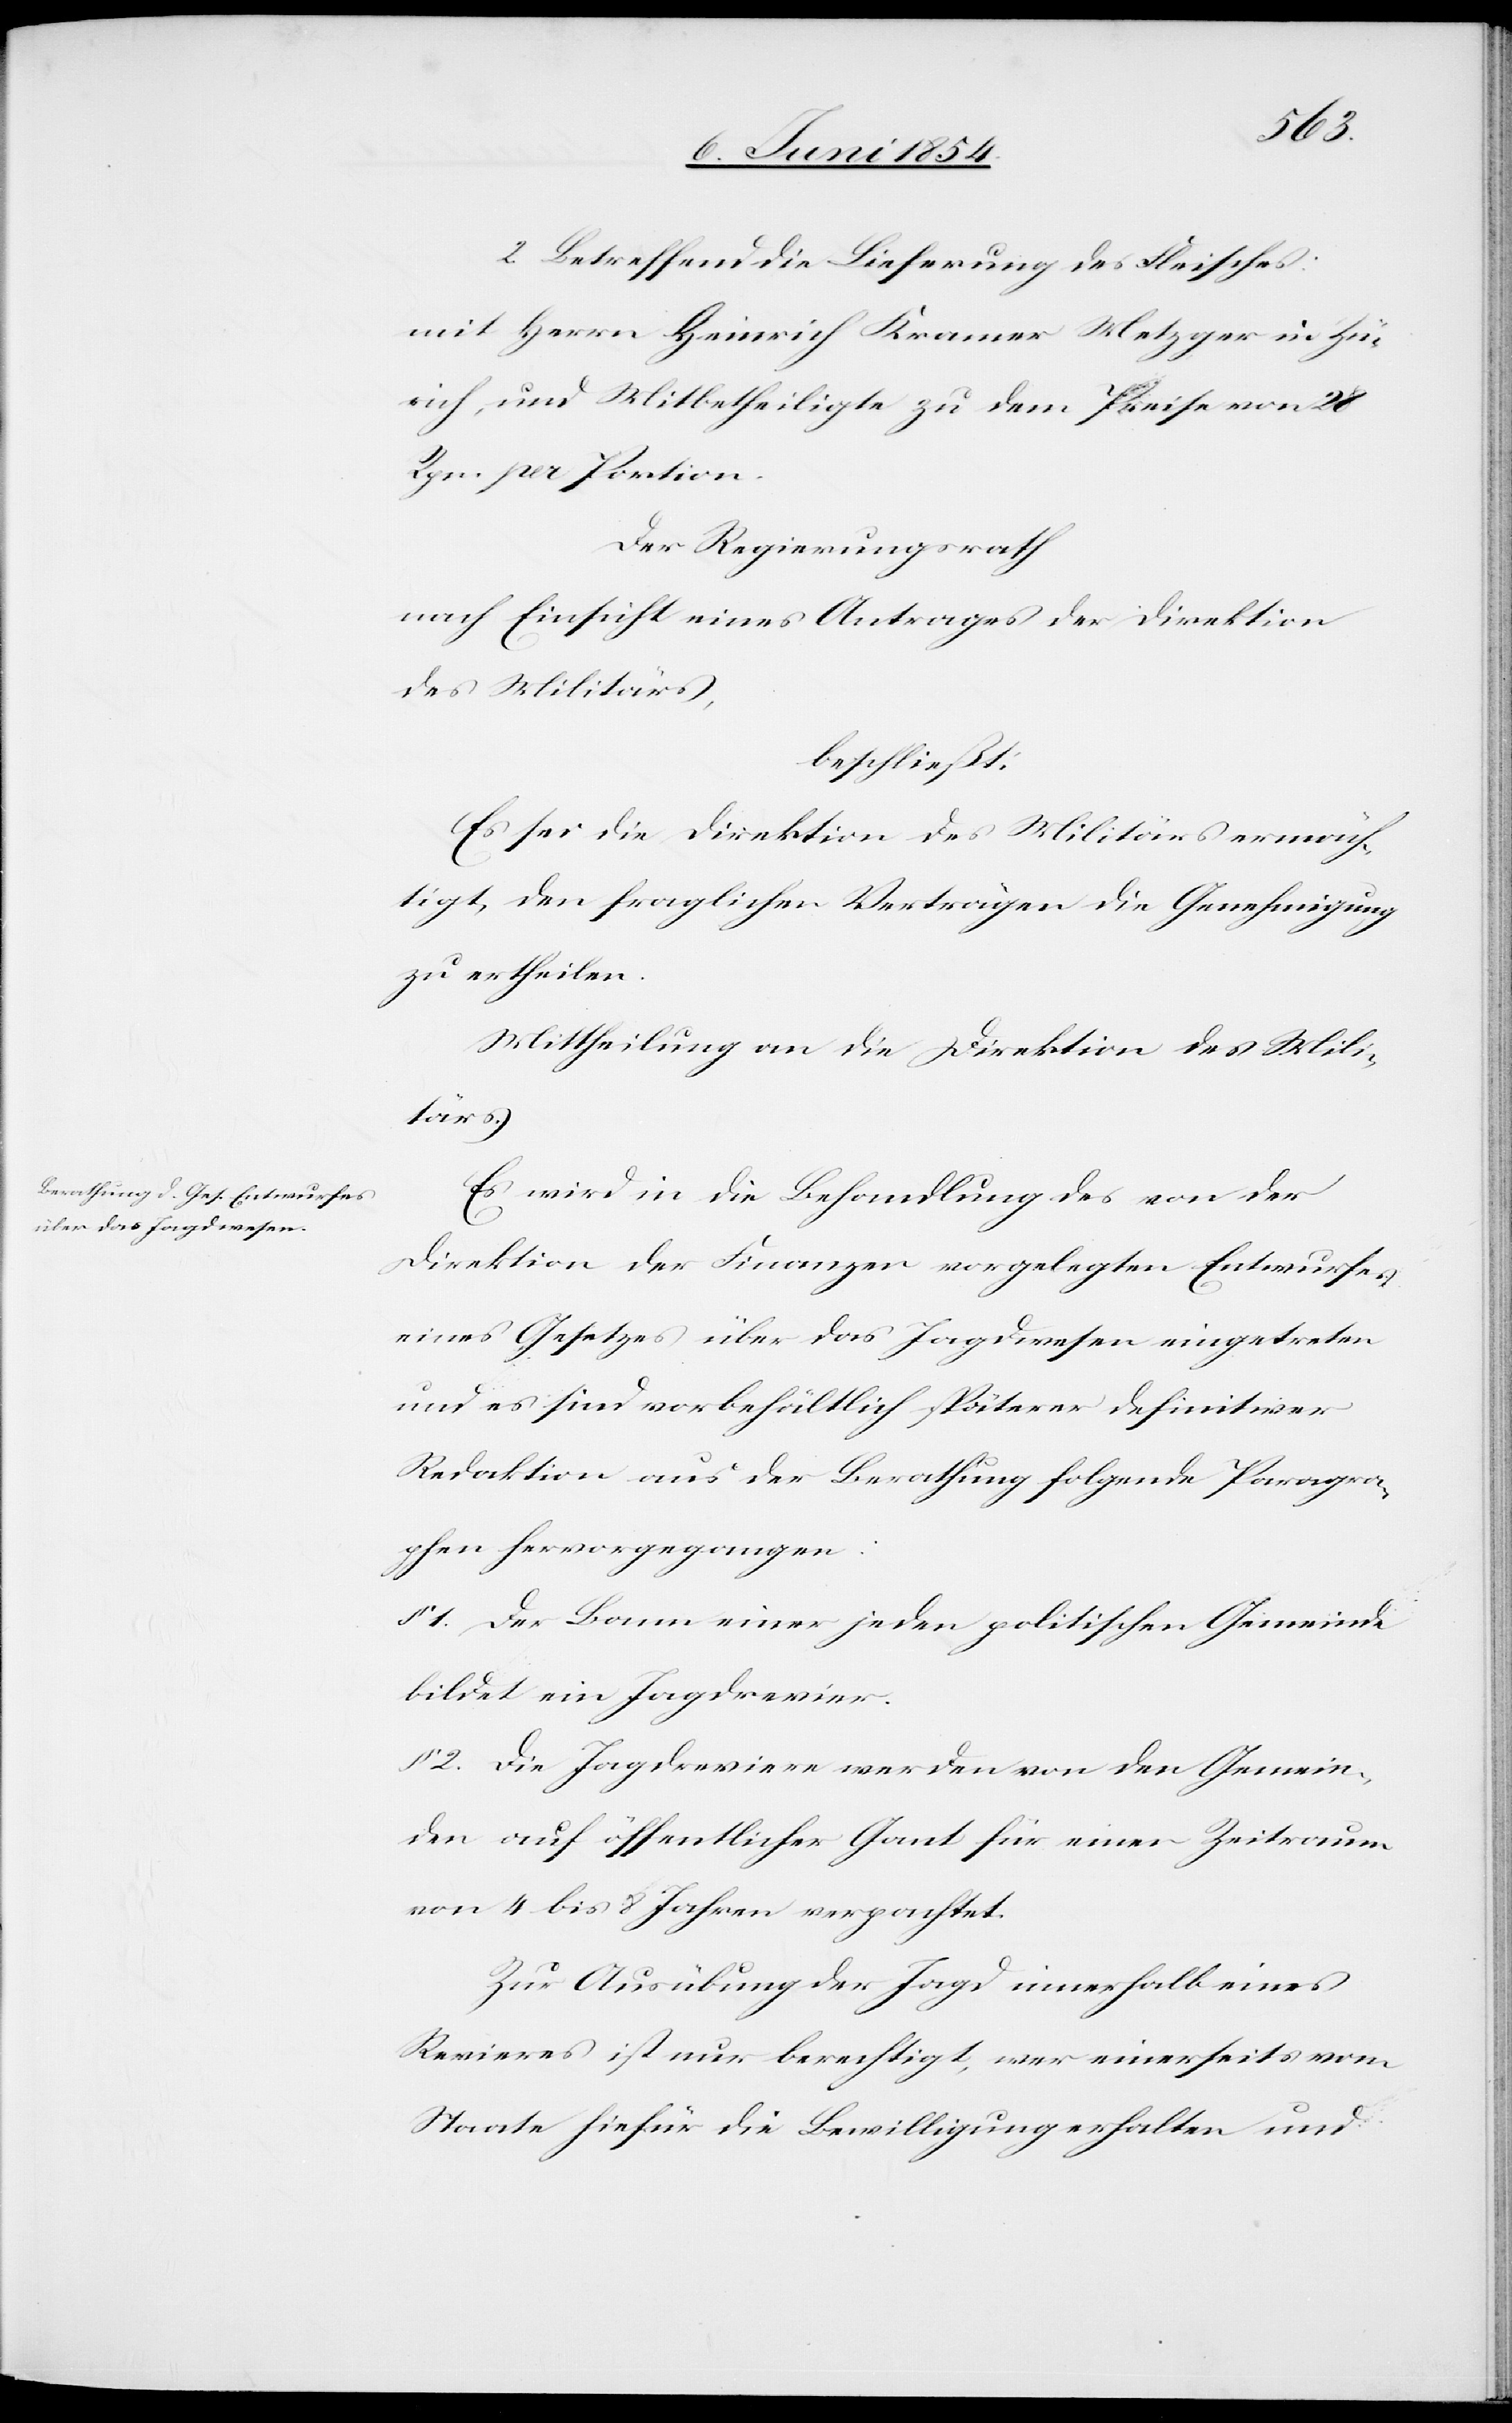
2. Betreffend Lieferung des Fleisches:
mit Herrn Heinrich Kramer Metzger in Zü¬
rich, und Mitbetheiligte zu dem Preise von 28
Rp. per Portion.
Der Regierungsrath
nach Einsicht eines Antrages der Direktion
des Militärs,
beschließt:
Es sei die Direktion des Militärs ermäch¬
tigt, den fraglichen Verträgen die Genehmigung
zu ertheilen.
Mittheilung an die Direktion des Mili¬
tärs.
Es wird in die Behandlung des von der
Direktion der Finanzen vorgelegten Entwurfes
eines Gesetzes über das Jagdwesen eingetreten
und es sind vorbehältlich späterer definitiver
Redaktion aus der Berathung folgende Paragra¬
phen hervorgegangen:
§ 1. Der Bann einer jeden politischen Gemeinde
bildet ein Jagdrevier.
2. Die Jagdreviere werden von den Gemein¬
den auf öffentlicher Gant für einen Zeitraum
von 4 bis 8 Jahren verpachtet.
Zur Ausübung der Jagd innerhalb eines
Revieres ist nur berechtigt, wer einerseits vom
Staate hiefür die Bewilligung erhalten und